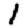
Digit: 1